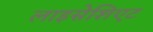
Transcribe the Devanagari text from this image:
लाइसेशिएट